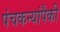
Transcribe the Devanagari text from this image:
पंचकन्यांपैकी